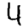
Digit: 4